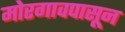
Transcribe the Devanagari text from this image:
मोरगावपासून